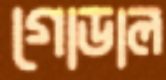
গোডাল